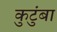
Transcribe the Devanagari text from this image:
कुटुंबा